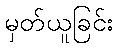
မှတ်ယူခြင်း